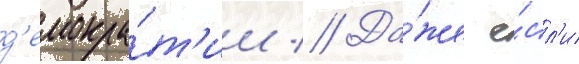
д'емокра́т'ии // Да́же е́сл'и